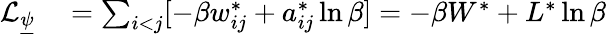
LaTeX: \begin{array}{rl}{\mathcal{L}_{\underline{{\psi}}}}&{{}=\sum_{i<j}[-\beta w_{ij}^{*}+a_{ij}^{*}\ln\beta]=-\beta W^{*}+L^{*}\ln\beta}\end{array}